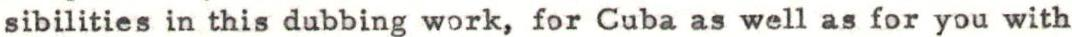
sibilities in this dubbing work, for Cuba as well as for you with